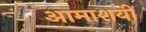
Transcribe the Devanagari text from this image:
आमाशयी